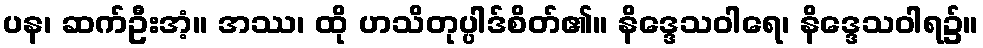
ပန၊ ဆက်ဦးအံ့။ အဿ၊ ထို ဟသိတုပ္ပါဒ်စိတ်၏။ နိဒ္ဒေသဝါရေ၊ နိဒ္ဒေသဝါရ၌။